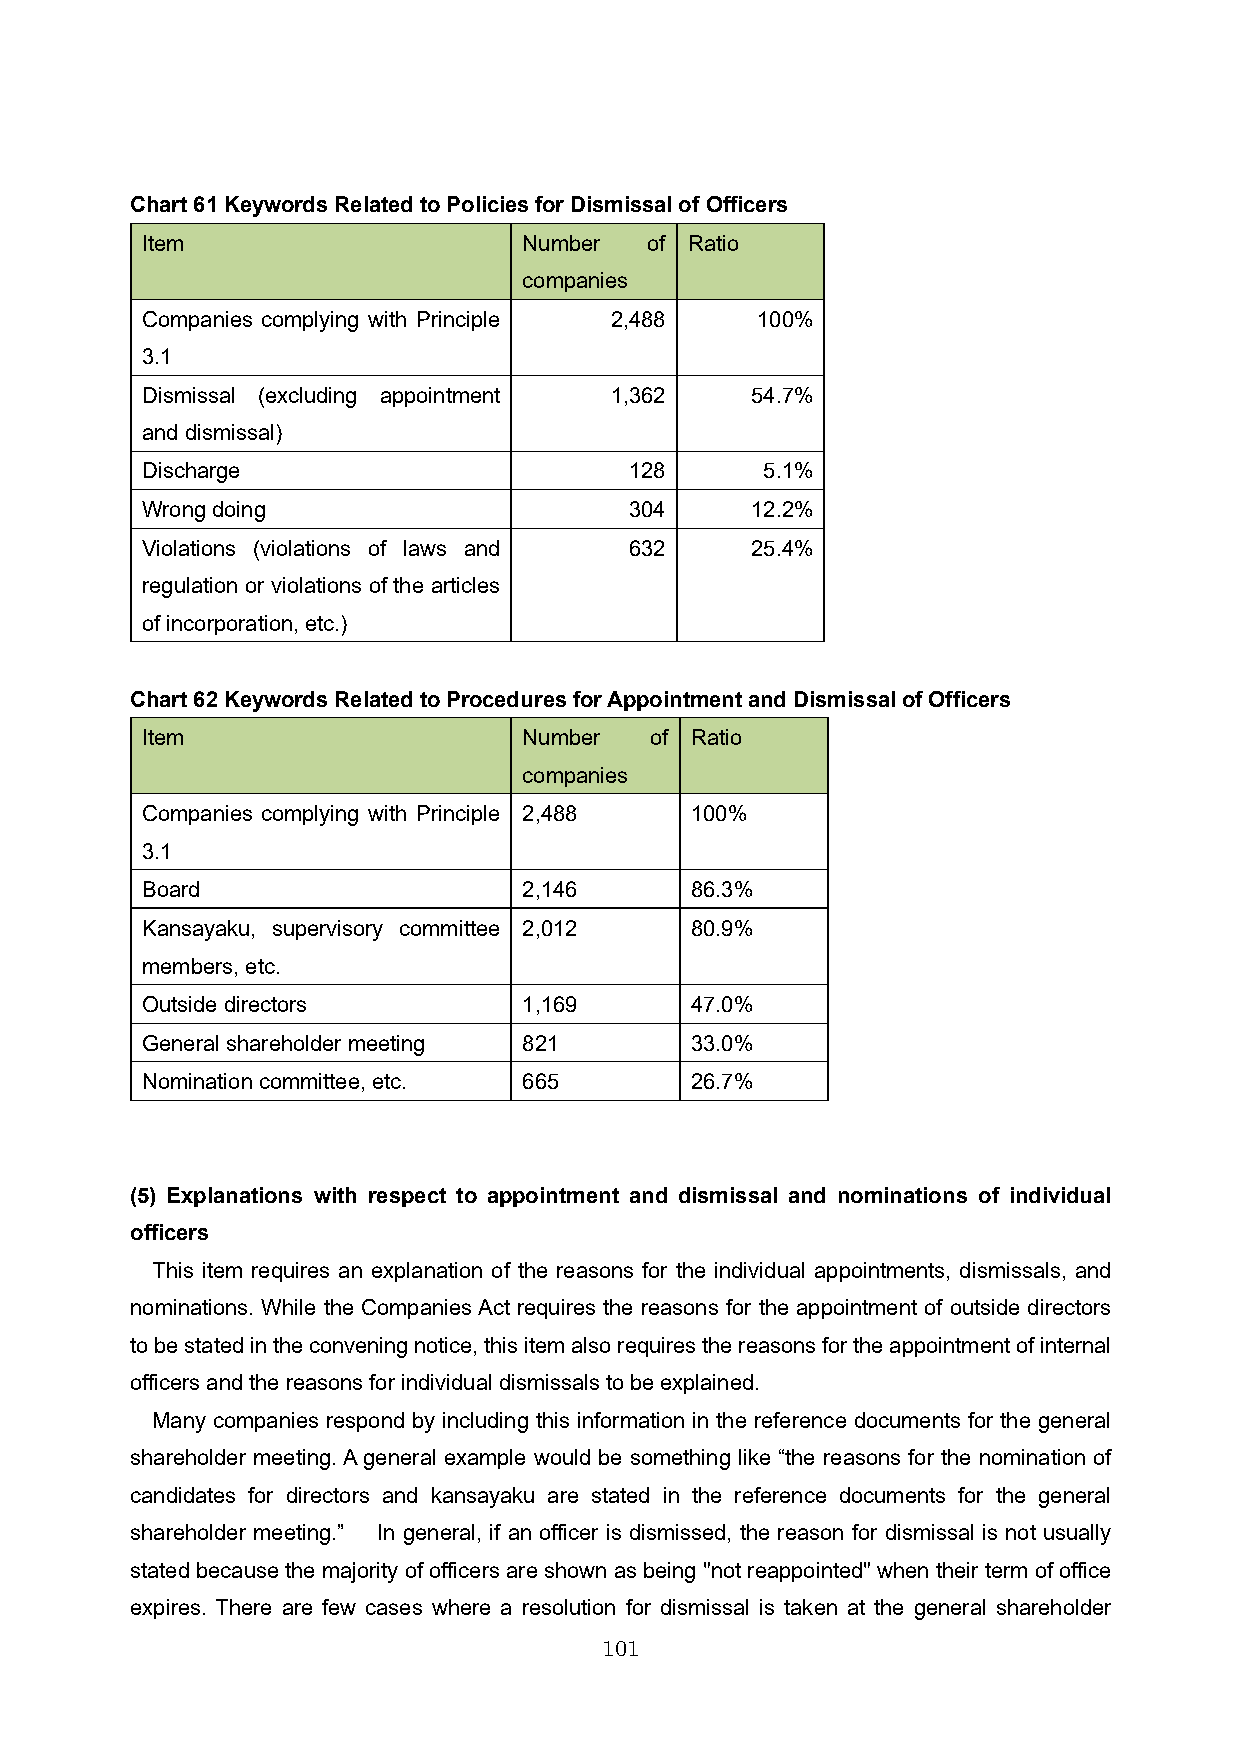
Chart 61Keywords Related to Policies for Dismissal of Officers
 Item                      Number  of Ratio
 companies
 Companies complying with Principle 2,488 100%
 3.1
 Dismissal (excluding appointment 1,362   54.7%
 and dismissal)
 Discharge                        128      5.1%
 Wrong doing                      304     12.2%
 Violations (violations of laws and 632   25.4%
 regulation or violations of the articles
 of incorporation, etc.)
 Chart 62Keywords Related to Procedures for Appointment and Dismissal of Officers
 Item                      Number  of Ratio
 companies
 Companies complying with Principle 2,488 100%
 3.1
 Board                     2,146      86.3%
 Kansayaku, supervisory committee 2,012 80.9%
 members, etc.
 Outside directors         1,169      47.0%
 General shareholder meeting 821      33.0%
 Nomination committee, etc. 665       26.7%
 (5) Explanations with respect to appointment and dismissal and nominations of individual
 officers
 This item requires an explanation of the reasons for the individual appointments, dismissals, and
 nominations. While the Companies Act requires the reasons for the appointment of outside directors
 to be stated in the convening notice, this item also requires the reasons for theappointment of internal
 officers and the reasons for individual dismissals to be explained.
 Many companies respond by including this information in the reference documents for the general
 shareholder meeting. A general example would be something like “the reasons for the nomination of
 candidates for directors and kansayaku are stated in the reference documents for the general
 shareholder meeting.” In general, if an officer is dismissed, the reason for dismissal is not usually
 stated because the majority of officers are shown as being "not reappointed" when their term of office
 expires. There are few cases where a resolution for dismissal is taken at the general shareholder
 101